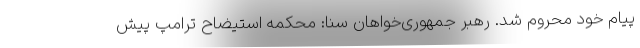
پیام خود محروم شد. رهبر جمهوری‌خواهان سنا: محکمه استیضاح ترامپ پیش